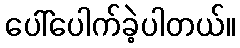
ပေါ်ပေါက်ခဲ့ပါတယ်။